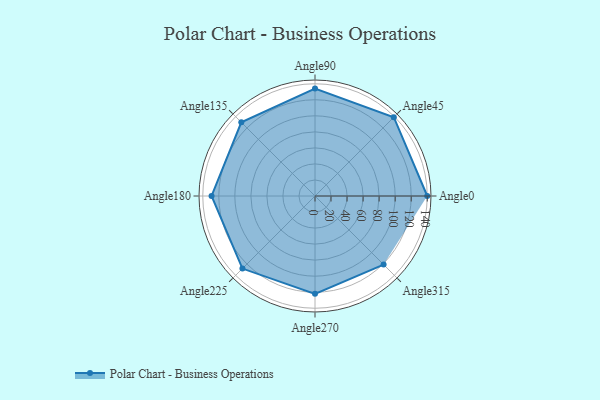
{"axis": {"x": "Angle", "y": "Radius"}, "legend": [""], "data": [{"x": "Angle0", "y": 140.0, "type": ""}, {"x": "Angle45", "y": 139.0, "type": ""}, {"x": "Angle90", "y": 134.0, "type": ""}, {"x": "Angle135", "y": 130.0, "type": ""}, {"x": "Angle180", "y": 129.0, "type": ""}, {"x": "Angle225", "y": 128.0, "type": ""}, {"x": "Angle270", "y": 122.0, "type": ""}, {"x": "Angle315", "y": 121.0, "type": ""}]}